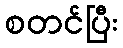
စတင်ပြီး